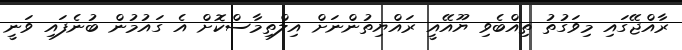
ރާއްޖޭގައި މިވަގުތު ތިއްބެވި ޔޫއޭއީ ރައްޔިތުންނަށް އިލްތިމާސްކޮށް އެ ގައުމުން ބުނެފައި ވަނީ